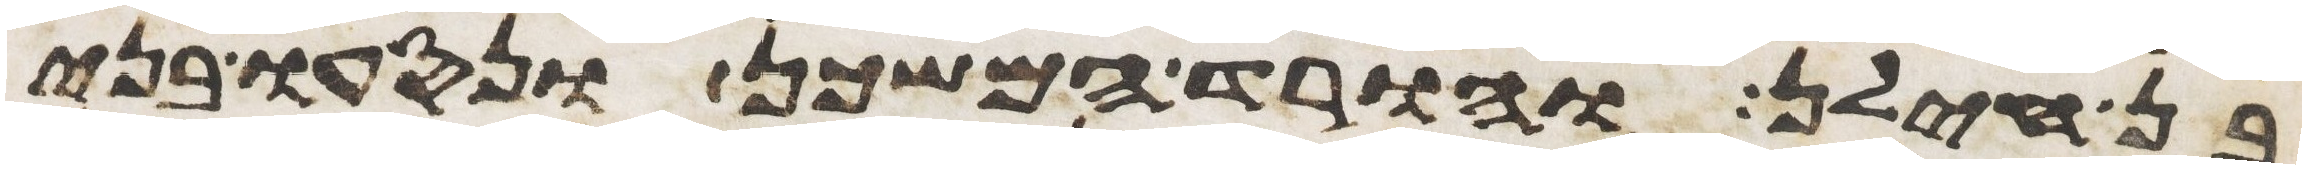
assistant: בן חילן והורד המשכן ונסעו בני